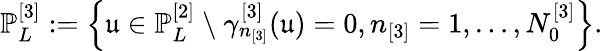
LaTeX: \mathbb{P}_{L}^{[3]}:=\left\{ \mathfrak{u}\in\mathbb{P}_{L}^{[2]}\ \backslash\ \gamma_{n_{[3]}}^{[3]}(\mathfrak{u})=0,n_{[3]}=1,\dots,N_{0}^{[3]}\right\} .